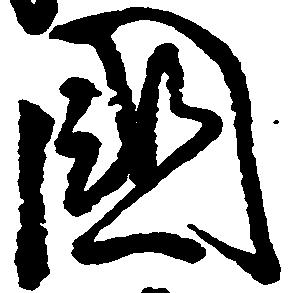
国